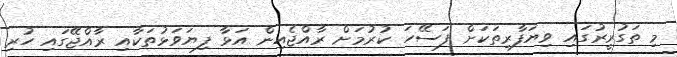
މި ތަގުރީރުގައި ވިޔަފާރިތަކަށް ފަސޭހަ ކުރުމަށް ރާއްޖެއިން އަޅާ ފިޔަވަޅުތަކާއި ރާއްޖޭގައި ހުރި